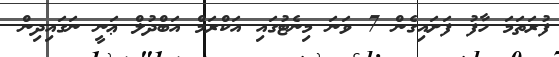
ފުރަތަމަ ހާފު ފަށައިގެން 7 ވަނަ މިނެޓުގައި އަކްރަމް އަބްދުލް ޢަނީ ނަގައިދިން